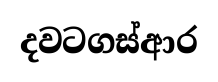
දවටගස්ආර